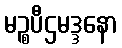
မဉ္စပီဌမဒ္ဒနော